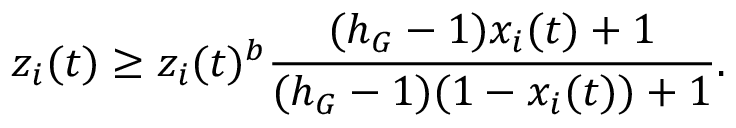
z _ { i } ( t ) \geq z _ { i } ( t ) ^ { b } \frac { ( h _ { G } - 1 ) x _ { i } ( t ) + 1 } { ( h _ { G } - 1 ) ( 1 - x _ { i } ( t ) ) + 1 } .